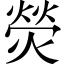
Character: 熒